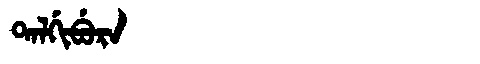
Manchu: ᡨᠠᠯᡤᡳᠪᡠᡵᠠ
Romanization: TALGIBURA